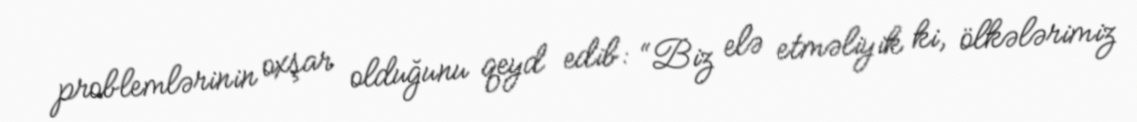
problemlərinin oxşar olduğunu qeyd edib: “Biz elə etməliyik ki, ölkələrimiz